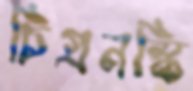
চিগ্রনস্কি